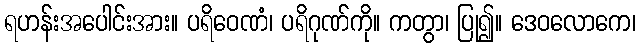
ရဟန်းအပေါင်းအား။ ပရိဝေဏံ၊ ပရိဂုဏ်ကို။ ကတွာ၊ ပြု၍။ ဒေဝလောကေ၊